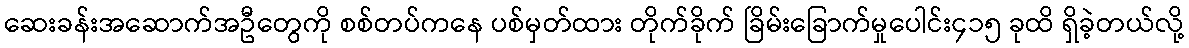
ဆေးခန်းအဆောက်အဦတွေကို စစ်တပ်ကနေ ပစ်မှတ်ထား တိုက်ခိုက် ခြိမ်းခြောက်မှုပေါင်း၄၁၅ ခုထိ ရှိခဲ့တယ်လို့